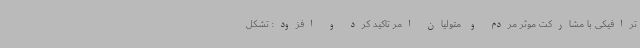
ترافیکی با مشارکت موثر مردم و متولیان امر تاکید کرد و افزود: تشکل